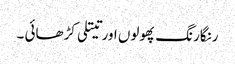
رنگارنگ پھولوں اور تیتلی کڑھائی ۔